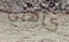
كاهلي